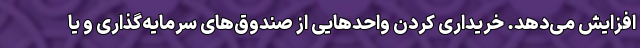
افزایش می‌دهد. خریداری کردن واحدهایی از صندوق‌های سرمایه‌گذاری و یا